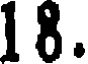
18.